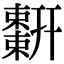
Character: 𢆬